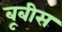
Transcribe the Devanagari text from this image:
बूबीस